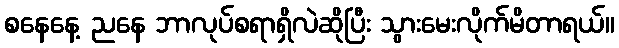
စနေနေ့ ညနေ ဘာလုပ်စရာရှိလဲဆိုပြီး သွားမေးလိုက်မိတာရယ်။